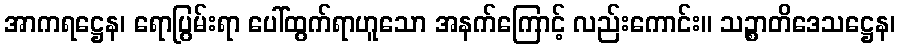
အာကရဋ္ဌေန၊ ရောပြွမ်းရာ ပေါ်ထွက်ရာဟူသော အနက်ကြောင့် လည်းကောင်း။ သဉ္စာတိဒေသဋ္ဌေန၊